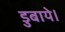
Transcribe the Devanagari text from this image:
डुबाये।